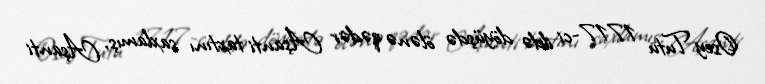
Osey Tutu 1717-ci ildə döyüşdə ölənə qədər Aşanti taxtını saxlamış, Aşanti